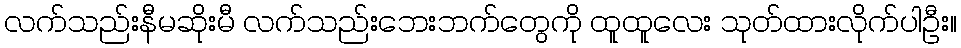
လက်သည်းနီမဆိုးမီ လက်သည်းဘေးဘက်တွေကို ထူထူလေး သုတ်ထားလိုက်ပါဦး။